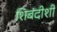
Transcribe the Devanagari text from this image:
शिबंदीशी